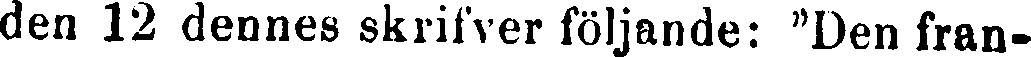
den 12 dennes skrifver följande: "Den fran-